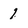
Character: 1